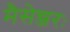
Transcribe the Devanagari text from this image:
मैसेन्जरः